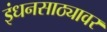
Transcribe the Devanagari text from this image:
इंधनसाठ्यावर